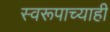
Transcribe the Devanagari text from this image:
स्वरूपाच्याही